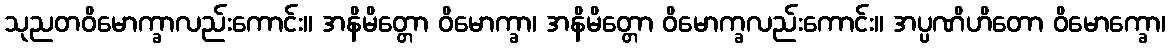
သုညတဝိမောက္ခာလည်းကောင်း။ အနိမိတ္တော ဝိမောက္ခာ၊ အနိမိတ္တော ဝိမောက္ခလည်းကောင်း။ အပ္ပဏိဟိတော ဝိမောက္ခော၊